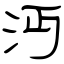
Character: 沔